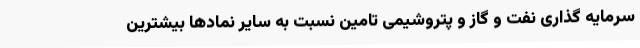
سرمایه گذاری نفت و گاز و پتروشیمی تامین نسبت به سایر نمادها بیشترین